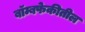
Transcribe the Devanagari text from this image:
बॉम्बफेकीतील